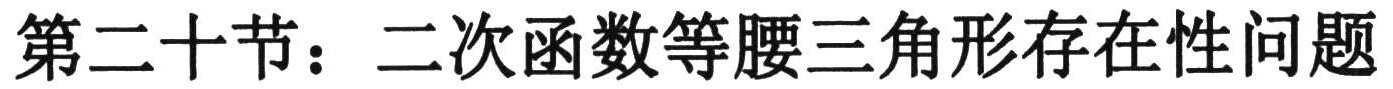
第二十节：二次函数等腰三角形存在性问题